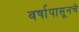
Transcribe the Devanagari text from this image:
वर्षापासूनचे